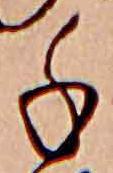
千